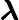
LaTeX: \boldsymbol{\lambda}